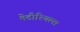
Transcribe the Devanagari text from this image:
मेटीरियल्स